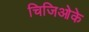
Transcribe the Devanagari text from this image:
चिजिओके